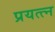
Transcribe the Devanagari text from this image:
प्रयत्त्‍न